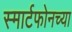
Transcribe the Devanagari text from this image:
स्मार्टफोनच्या